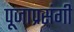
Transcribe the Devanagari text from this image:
पूजाप्रसंगी